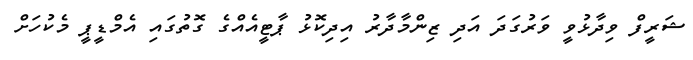
ޝަރީފް ވިދާޅުވީ ވަރުގަދަ އަދި ޒިންމާދާރު އިދިކޮޅު ޕާޓީއެއްގެ ގޮތުގައި އެމްޑީޕީ މެކުހަށް